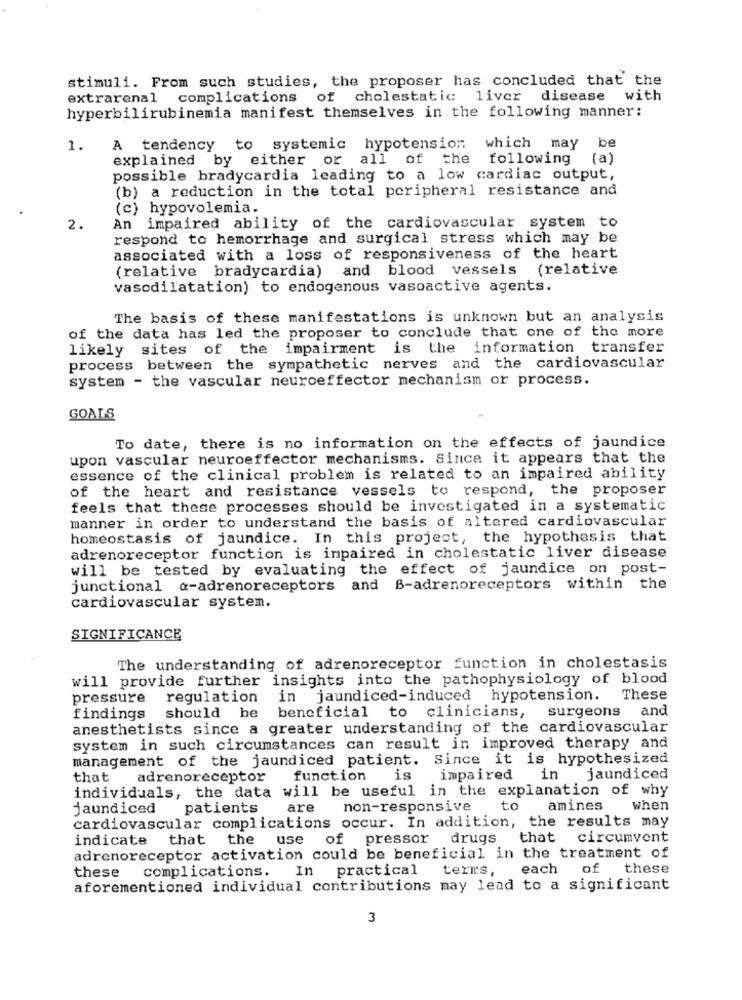
stimuli. From such studies, the proposer has concluded that the
extrarenal complications of cholestatic liver
disease
with
hyperbilirubinemia manifest themselves in the following manner:
be
1.
A tendency
to systemic hypotension;
which may
explained by either or all of the
following
(a)
possible bradycardia leading to a low cardiac output,
(b) a reduction in the total peripheral resistance and
(c) hypovolemia.
An impaired ability of the cardiovascular system to
2.
respond to hemorrhage and surgical stress which may be
associated with a loss of responsiveness of the heart
(relative bradycardia) and blood vessels (relative
vasodilatation) to endogenous vasoactive agents.
The basis of these manifestations is unknown but an analysis
of the data has led the proposer to conclude that one of the more
likely sites of the impairment is the information transfer
process between the sympathetic nerves and the cardiovascular
system - the vascular neuroeffector mechanism or process.
GOALS
To date, there is no information on the effects of jaundice
upon vascular neuroeffector mechanisms. Since it appears that the
essence of the clinical problem is related to an impaired ability
of the heart and resistance vessels to respond, the proposer
feels that these processes should be investigated in a systematic
manner in order to understand the basis of altered cardiovascular
homeostasis of jaundice. In this project, the hypothesis that
adrenoreceptor function is inpaired in cholestatic liver disease
will be tested by evaluating the effect of jaundice on post-
junctional @-adrenoreceptors and B-adrenoreceptors within the
cardiovascular system.
SIGNIFICANCE
The understanding of adrenoreceptor function in cholestasis
will provide further insights into the pathophysiology of blood
pressure
regulation in jaundiced-induced hypotension. These
should be beneficial to clinicians, surgeons and
findings
anesthetists since a greater understanding of the cardiovascular
system in such circumstances can result in improved therapy and
management of the jaundiced patient. Since it is hypothesized
that
adrenoreceptor
function
is
impaired
in
jaundiced
individuals, the data will be useful in the explanation of why
jaundiced
patients
are
non-responsive
to
amines
when
cardiovascular complications occur. In addition, the results may
indicate that the use of pressor drugs that circumvent
adrenoreceptor activation could be beneficial in the treatment of
these complications. In practical
terms,
each of
these
aforementioned individual contributions may lead to a significant
3